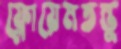
ফ্লোয়েমতন্তু